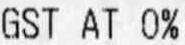
GST AT 0%